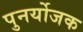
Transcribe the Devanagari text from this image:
पुनर्योजक